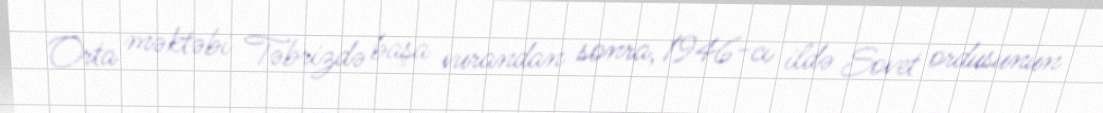
Orta məktəbi Təbrizdə başa vurandan sonra, 1946-cı ildə Sovet ordusunun